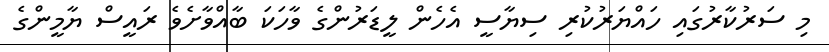
މި ސަރުކާރުގައި ހައްޔަރުކުރި ސިޔާސީ އެހެން ލީޑަރުންގެ ވާހަކަ ބާއްވާށެވެ ރައީސް ޔާމީންގެ